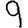
Digit: 9